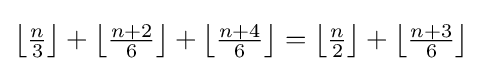
\left\lfloor {\tfrac {n}{3}}\right\rfloor +\left\lfloor {\tfrac {n+2}{6}}\right\rfloor +\left\lfloor {\tfrac {n+4}{6}}\right\rfloor =\left\lfloor {\tfrac {n}{2}}\right\rfloor +\left\lfloor {\tfrac {n+3}{6}}\right\rfloor